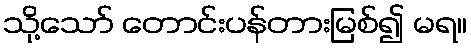
သို့သော် တောင်းပန်တားမြစ်၍ မရ။